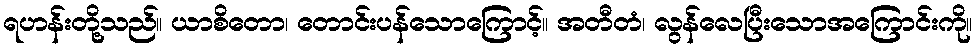
ရဟန်းတို့သည်။ ယာစိတော၊ တောင်းပန်သောကြောင့်။ အတီတံ၊ လွန်လေပြီးသောအကြောင်းကို။